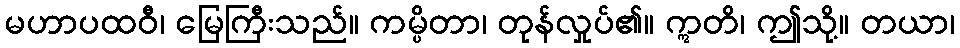
မဟာပထဝီ၊ မြေကြီးသည်။ ကမ္ပိတာ၊ တုန်လှုပ်၏။ ဣတိ၊ ဤသို့။ တယာ၊